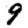
Digit: 9